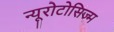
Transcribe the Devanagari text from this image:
न्यूरोटोसिज्म